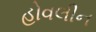
હોવલીન